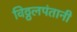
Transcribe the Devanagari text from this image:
विठ्ठलपंतानी